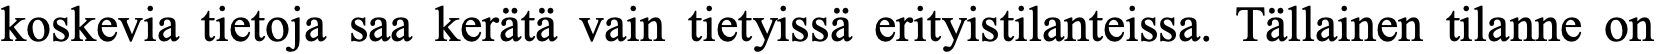
koskevia tietoja saa kerätä vain tietyissä erityistilanteissa. Tällainen tilanne on